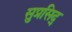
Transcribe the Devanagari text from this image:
सुप्रसिद्